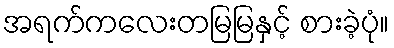
အရက်ကလေးတမြမြနှင့် စားခဲ့ပုံ။